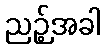
ညဉ့်အခါ